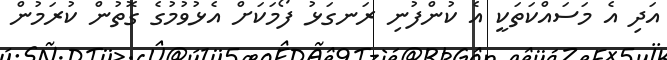
އަދި އެ މަސައްކަތަކީ އެ ކުންފުނި ރަނގަޅު ފޯމަކަށް އެޅުވުމުގެ ގޮތުން ކުރަމުން